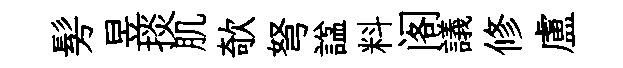
髣昱掞肌欹弩諡料阁議修盧